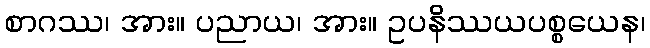
စာဂဿ၊ အား။ ပညာယ၊ အား။ ဥပနိဿယပစ္စယေန၊